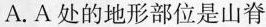
A.A处的地形部位是山脊